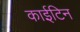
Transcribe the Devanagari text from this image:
काईटिन